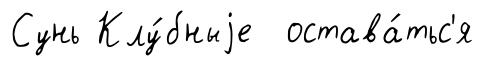
Сунь Клу́бныjе остава́тьс'я